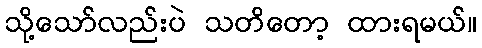
သို့သော်လည်းပဲ သတိတော့ ထားရမယ်။